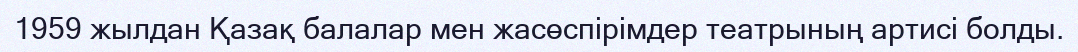
1959 жылдан Қазақ балалар мен жасөспірімдер театрының артисі болды.